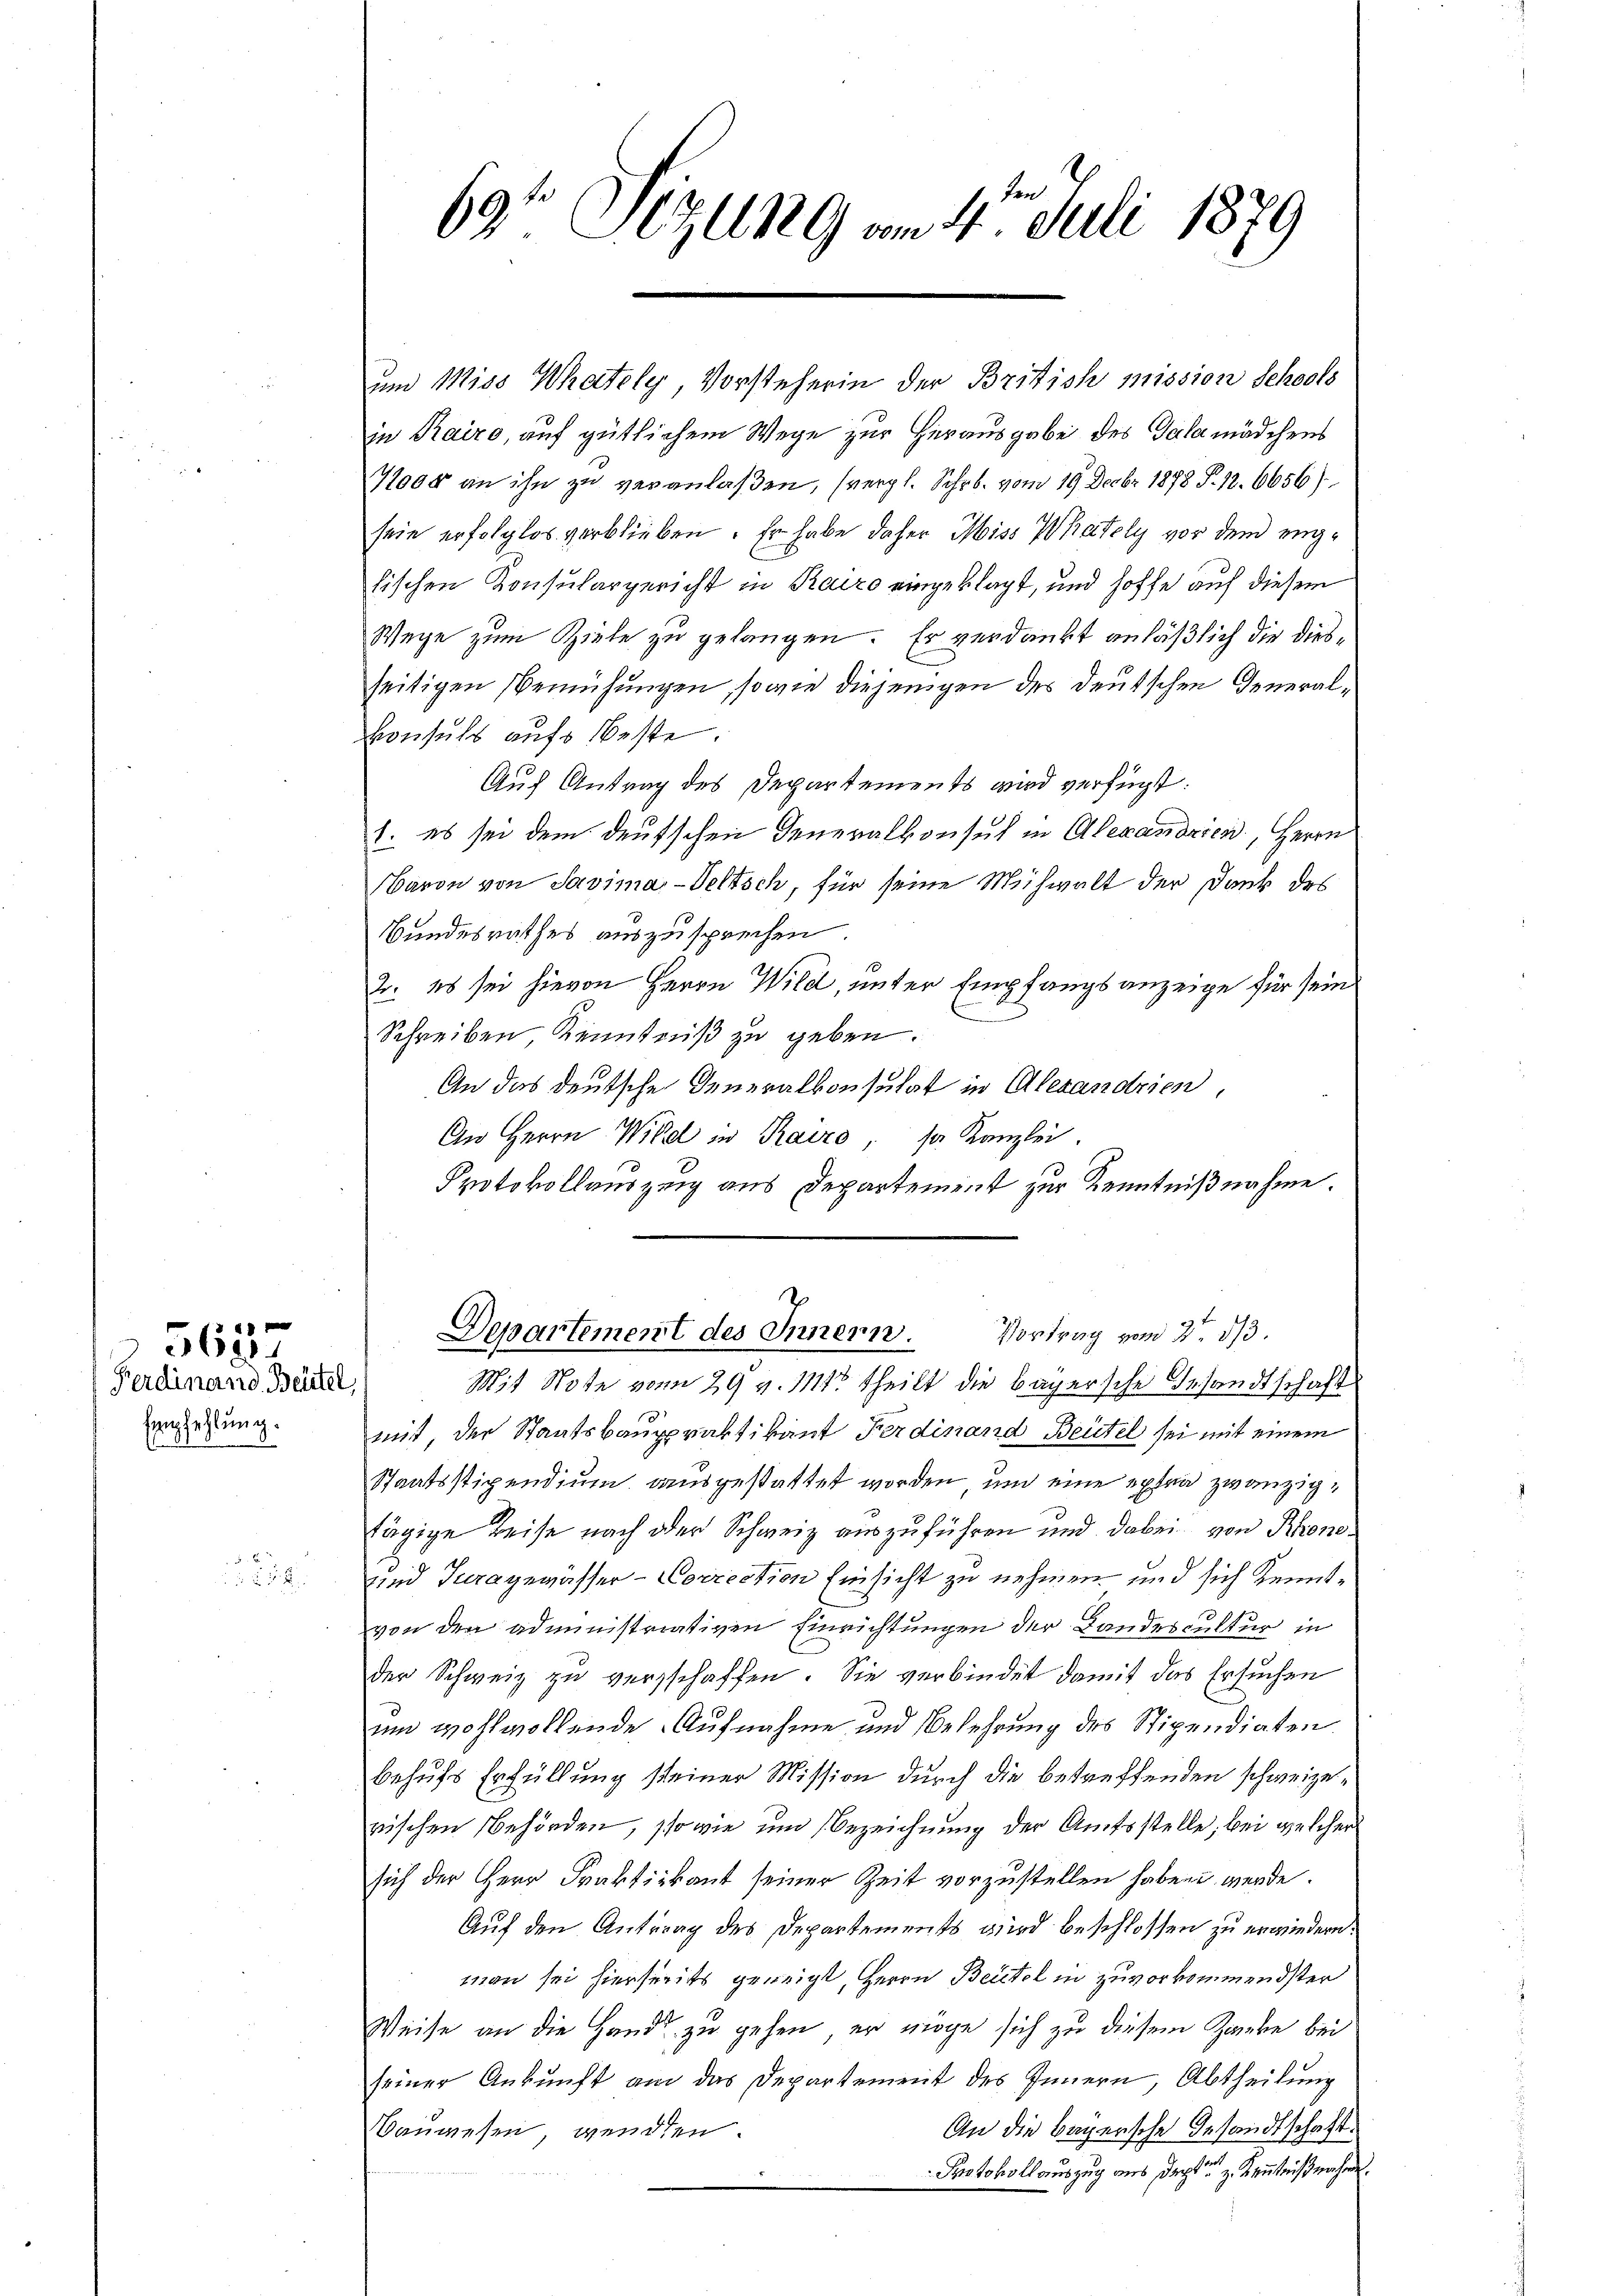
Empfehlung.

5637
Ferdinand Beutel

.

69t Sezung am 4t Juli 1879

in Kairo, auf gütlichem Wege zur Herausgabe des Salamädchens
71000 an ihn zu veranlaßen, (vergl. Schr. vom 19. Decbr. 1878 S. 12. 6656)
sein erfolglos verblieben. Er habe daher Miss Wately vor dem englischen Konsulargericht in Kairo eingeklagt, und hoffe auf diesem
Wege zum Ziele zu gelangen. Er verdankt anläßlich die diesseitigen Bemühungen, sowie diejenigen des deutschen Generalkonsuls aufs Beste.
Auf Antrag des Departements wird verfügt:
1. es sei dem deutschen Generalkonsul in Alexandrien, Herrn
Baron von Savima-Seltsch, für seine Michwalt der Dank des
Bundesrathes auszusprechen.
2. 11 sei hievon Herrn Wild, unter Empfangsanzeige für sein
Schreiben Kenntniß zu geben.
An das deutsche Generalkonsulat in Alexandrien,
An Herrn Wild in Kairo, so Kanzlei
Protokollauszug aus Departement zur Kenntnißnahme.
Departement des Innern. Vortrag vom 2. dβ.
Mit Note vom 29 v. 1114. theilt die bayersche Gesandtschaft
mit der Staatsbauxpraktikant Ferdinand Beutel sei mit einem
Staatsstipendium ausgestattet worden, und eine extra zwanzigtägige Reise nach oder Schweiz auszuführen und dabei von Rhone¬
und Jura gewässer-Correction Einsicht zu nehmen und sich Kenntvon den administriativen Einrichtungen der Landescultur in
der Schweiz zu verschaffen. Sie verbindet damit das Ersuchen
um wohlwollende Aufnahme und Bekehrung des Stipendiaten
behufs Erfüllung steiner Mission durch die betreffenden schweizerischen Behörden, so wie und Bezeichnung der Amtsstelle, bei welcher
sich der Herr Praktikant seiner Zeit vorzustellen haben werde.
Auf den Antrag des Departements wird beschlossen zu erwiedern.
man sei hierseits geneigt, Herrn Beitel in zuvorkommendster
Weise an die Hande zu gehen, er möge sich zu diesem Zweke bei
seiner Ankunft am das Departement des Innern, Abtheilung
An die begersche Gesandtschaft.
Bauwesen, wenden.
Protokoll auszug aus deptz Kenntnißnahme.

und Miss Whately Vorsteherin der Britisch mission Schools